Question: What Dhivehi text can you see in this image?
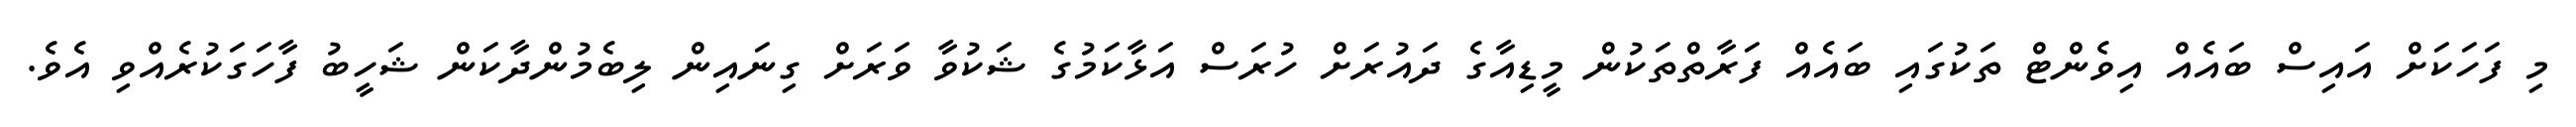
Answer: މި ފަހަކަށް އައިސް ބައެއް އިވެންޓް ތަކުގައި ބައެއް ފަރާތްތަކުން މީޑިއާގެ ދައުރަށް ހުރަސް އަޅާކަމުގެ ޝަކުވާ ވަރަށް ގިނައިން ލިބެމުންދާކަން ޝަހީބު ފާހަގަކުރެއްވި އެވެ.